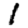
Digit: 1